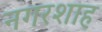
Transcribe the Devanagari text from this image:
नगरशाह